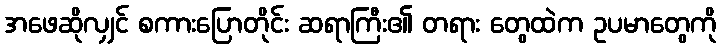
အဖေဆိုလျှင် စကားပြောတိုင်း ဆရာကြီး၏ တရား တွေထဲက ဥပမာတွေကို